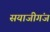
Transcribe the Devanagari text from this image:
सयाजीगंज